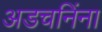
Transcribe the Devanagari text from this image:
अडचनिंना